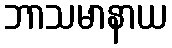
ဘာသမာနာယ